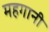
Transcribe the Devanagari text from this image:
महगानी